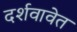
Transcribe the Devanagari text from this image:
दर्शवावेत